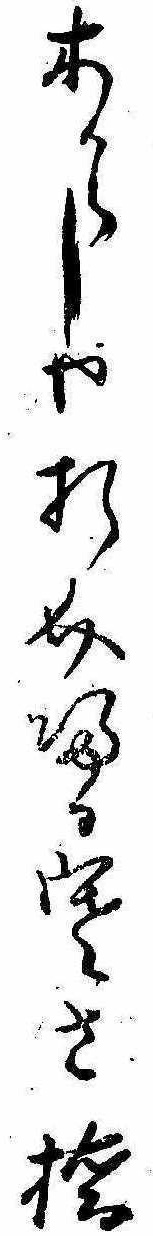
木からしや折介帰る寒さ橋